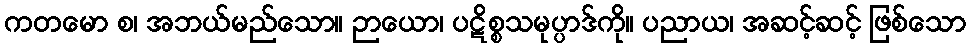
ကတမော စ၊ အဘယ်မည်သော။ ဉာယော၊ ပဋိစ္စသမုပ္ပာဒ်ကို။ ပညာယ၊ အဆင့်ဆင့် ဖြစ်သော